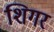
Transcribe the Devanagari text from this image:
शिगर